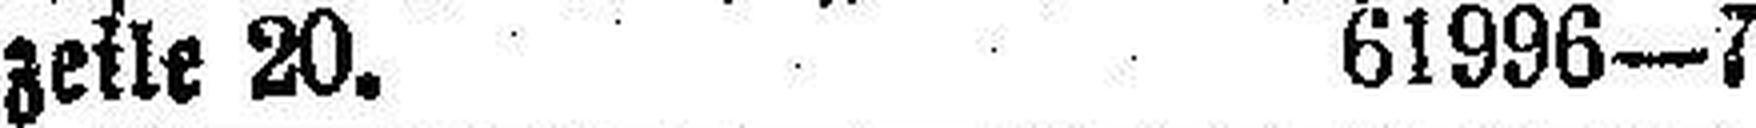
zeile 20. 61996—7